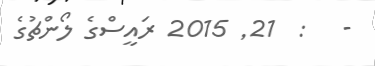
-   :  21